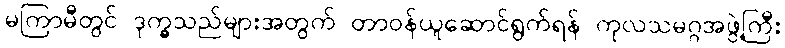
မကြာမီတွင် ဒုက္ခသည်များအတွက် တာဝန်ယူဆောင်ရွက်ရန် ကုလသမဂ္ဂအဖွဲ့ကြီး